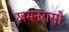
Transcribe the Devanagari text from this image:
खमनरासो